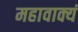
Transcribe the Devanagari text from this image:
महावाक्यं